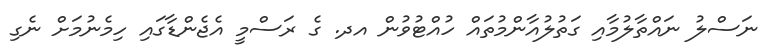
ނަސްލު ނައްތާލުމާއި ގަތުލުއާންމުތައް ހުއްޓުވުން އދ. ގެ ރަސްމީ އެޖެންޑާގައި ހިމެނުމަށް ނެގި